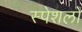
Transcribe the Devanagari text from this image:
स्पेशलों